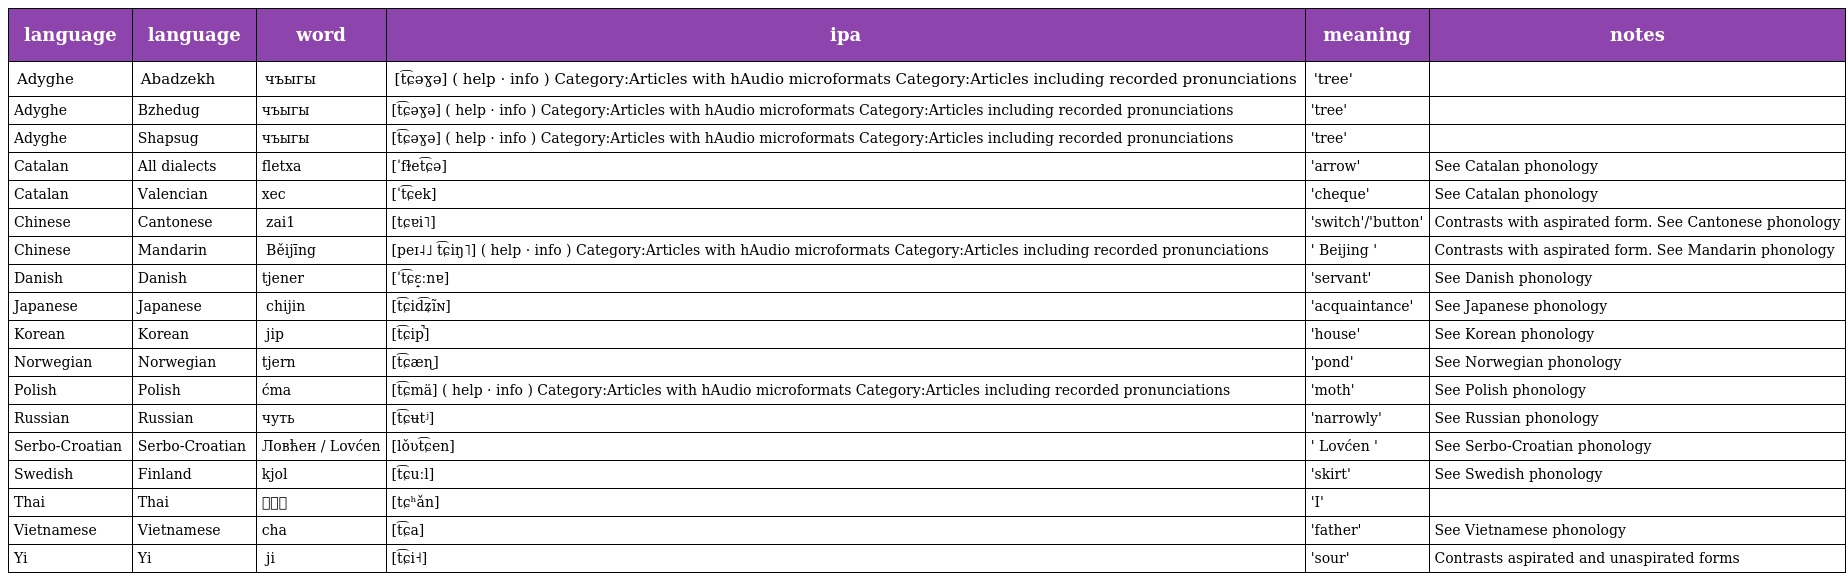
| language | language | word | ipa | meaning | notes |
 | --- | --- | --- | --- | --- | --- |
 | Adyghe | Abadzekh | чъыгы | [t͡ɕəɣə] ( help · info ) Category:Articles with hAudio microformats Category:Articles including recorded pronunciations | 'tree' |  |
 | Adyghe | Bzhedug | чъыгы | [t͡ɕəɣə] ( help · info ) Category:Articles with hAudio microformats Category:Articles including recorded pronunciations | 'tree' |  |
 | Adyghe | Shapsug | чъыгы | [t͡ɕəɣə] ( help · info ) Category:Articles with hAudio microformats Category:Articles including recorded pronunciations | 'tree' |  |
 | Catalan | All dialects | fletxa | [ˈfɫet͡ɕə] | 'arrow' | See Catalan phonology |
 | Catalan | Valencian | xec | [ˈt͡ɕek] | 'cheque' | See Catalan phonology |
 | Chinese | Cantonese | 掣 zai1 | [tɕɐi˥] | 'switch'/'button' | Contrasts with aspirated form. See Cantonese phonology |
 | Chinese | Mandarin | 北京 Běijīng | [peɪ˨˩ t͡ɕiŋ˥] ( help · info ) Category:Articles with hAudio microformats Category:Articles including recorded pronunciations | ' Beijing ' | Contrasts with aspirated form. See Mandarin phonology |
 | Danish | Danish | tjener | [ˈt͡ɕɛ̝ːnɐ] | 'servant' | See Danish phonology |
 | Japanese | Japanese | 知人 chijin | [t͡ɕid͡ʑĩɴ] | 'acquaintance' | See Japanese phonology |
 | Korean | Korean | 집 jip | [t͡ɕip̚] | 'house' | See Korean phonology |
 | Norwegian | Norwegian | tjern | [t͡ɕæɳ] | 'pond' | See Norwegian phonology |
 | Polish | Polish | ćma | [t͡ɕmä] ( help · info ) Category:Articles with hAudio microformats Category:Articles including recorded pronunciations | 'moth' | See Polish phonology |
 | Russian | Russian | чуть | [t͡ɕʉtʲ] | 'narrowly' | See Russian phonology |
 | Serbo-Croatian | Serbo-Croatian | Ловћен / Lovćen | [lǒʋt͡ɕen] | ' Lovćen ' | See Serbo-Croatian phonology |
 | Swedish | Finland | kjol | [t͡ɕuːl] | 'skirt' | See Swedish phonology |
 | Thai | Thai | ฉัน | [tɕʰǎn] | 'I' |  |
 | Vietnamese | Vietnamese | cha | [t͡ɕa] | 'father' | See Vietnamese phonology |
 | Yi | Yi | ꏢ ji | [t͡ɕi˧] | 'sour' | Contrasts aspirated and unaspirated forms |